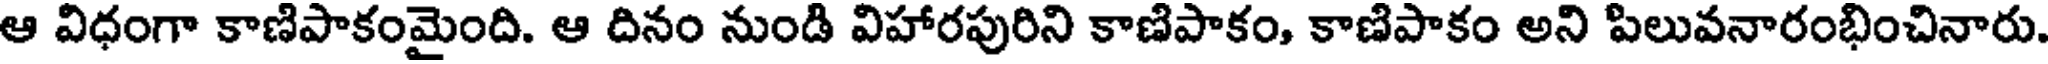
ఆ విధంగా కాణిపాకంమైంది. ఆ దినం నుండి విహారపురిని కాణిపాకం, కాణిపాకం అని పిలువనారంభించినారు.